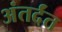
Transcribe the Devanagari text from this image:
अंतर्दंत